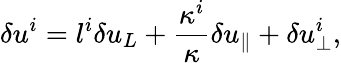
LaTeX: \delta u^{i}=l^{i}\delta u_{L}+\frac{\kappa^{i}}{\kappa}\delta u_{\parallel}+\delta u_{\perp}^{i},